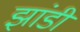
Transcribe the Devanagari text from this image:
झांडी